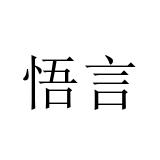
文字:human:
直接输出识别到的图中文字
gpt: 悟言